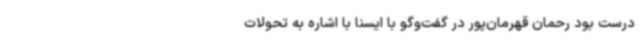
درست بود رحمان قهرمان‌پور در گفت‌وگو با ایسنا با اشاره به تحولات